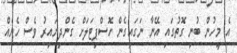
އެ މީހުން ބުނި ގޮތުގައި އޭނާ ނަގައިގެން ހޮސްޕިޓަލަށް ގެންދިޔައިރު ވެސް ހެޔެއް